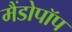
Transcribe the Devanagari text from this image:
मैंडोपॉप